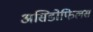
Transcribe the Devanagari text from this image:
असिडोफिलस